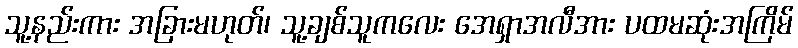
သူ့နည်းကား အခြားမဟုတ်၊ သူ့ချစ်သူကလေး အေရှာအလီအား ပထမဆုံးအကြိမ်